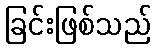
ခြင်းဖြစ်သည်